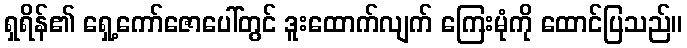
ရှရိန်၏ ရှေ့ကော်ဇောပေါ်တွင် ဒူးထောက်လျက် ကြေးမုံကို ထောင်ပြသည်။